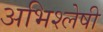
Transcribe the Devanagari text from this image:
अभिश्लेषी